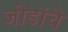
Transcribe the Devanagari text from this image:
जोडांचे